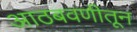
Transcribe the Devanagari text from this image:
आठबवणीतून